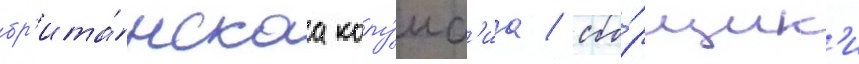
бр'ита́нскаа колу́мб'иа / сбо́рщик'и